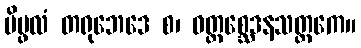
ပိပ္ဖလံ တရုဘေဒေ စ၊ ဝတ္ထစ္ဆေဒနသတ္ထကေ။